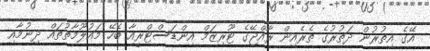
އޭގެ އިތުރުން ދަތުރުގެ ތެރެއިން ރާއްޖޭގެ ޓޫރިޒަމް އިންޑަސްޓްރީއާ ބެހޭ މައުލޫމާތުތައް ދިނުމާއި